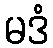
မဒံ